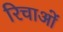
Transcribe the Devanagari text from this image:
रिचाओं